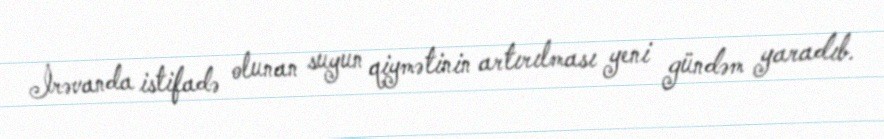
İrəvanda istifadə olunan suyun qiymətinin artırılması yeni gündəm yaradıb.